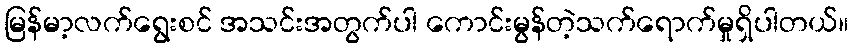
မြန်မာ့လက်ရွေးစင် အသင်းအတွက်ပါ ကောင်းမွန်တဲ့သက်ရောက်မှုရှိပါတယ်။